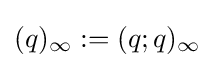
(q)_{\infty }:=(q;q)_{\infty }